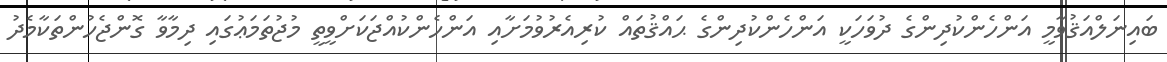
ބައިނަލްއަޤުވާމީ އަންހެންކުދިންގެ ދުވަހަކީ އަންހެންކުދިންގެ ޙައްޤުތައް ކުރިއެރުވުމަށާއި އަންހެންކުއްޖަކަށްވީތީ މުޖުތަމަޢުގައި ދިމާވާ ގޮންޖެހުންތަކާމެދު